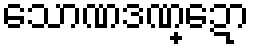
သောဏဒဏ္ဍော